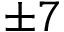
\pm 7